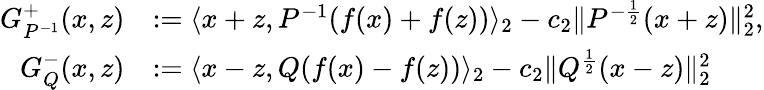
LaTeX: \begin{array}{rl}{G_{P^{-1}}^{+}(x,z)}&{:=\langle x+z,P^{-1}(f(x)+f(z))\rangle_{2}-c_{2}\| P^{-\frac{1}{2}}(x+z)\| _{2}^{2},}\\ {G_{Q}^{-}(x,z)}&{:=\langle x-z,Q(f(x)-f(z))\rangle_{2}-c_{2}\| Q^{\frac{1}{2}}(x-z)\| _{2}^{2}}\end{array}